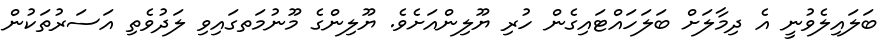
ބަލައިލެވުނީ އެ ދިމާލަށް ބަލަހައްޓައިގެން ހުރި ޔޫލިންއަށެވެ. ޔޫލިންގެ މޫނުމަތގައިވި ލަދުވެތި އަސަރުތަކުން